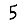
Digit: 5